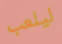
ليلعب